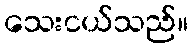
သေးငယ်သည်။